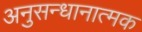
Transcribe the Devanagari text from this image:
अनुसन्धानात्मक